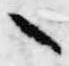
々